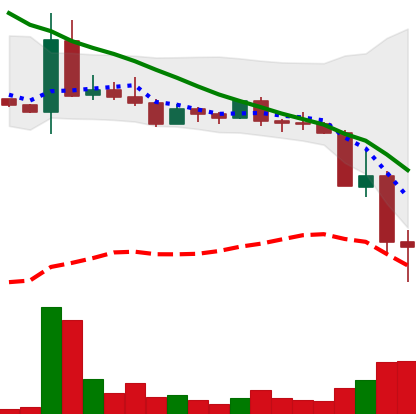
Ticker: DOGE-USD
Chart end date: 2022-05-12
Forward return: 9.123%
Label: up_7plus